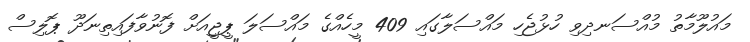
މައުލޫމާތު މުއްސަނދިވި ހުޅުޖެހި މައްސަލާގައި 409 މީހެއްގެ މައްސަލަ ޕީޖީއަށް ފޮނުވާފައިތިނަދޫ ޕޮލިސް